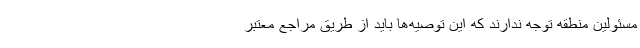
مسئولین منطقه توجه ندارند که این توصیه‌ها باید از طریق مراجع معتبر